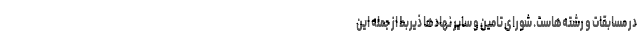
در مسابقات و رشته‌هاست. شورای تامین و سایر نهادها ذیربط از جمله این